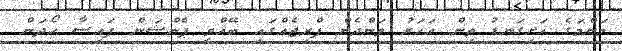
މަންމަގެ ހަށިގަނޑު ތިން އަހަރު ވަންދެން ފްރިޖެއްގައި ބޭއްވީ ޕެންޝަން ފައިސާ ހޯދަން